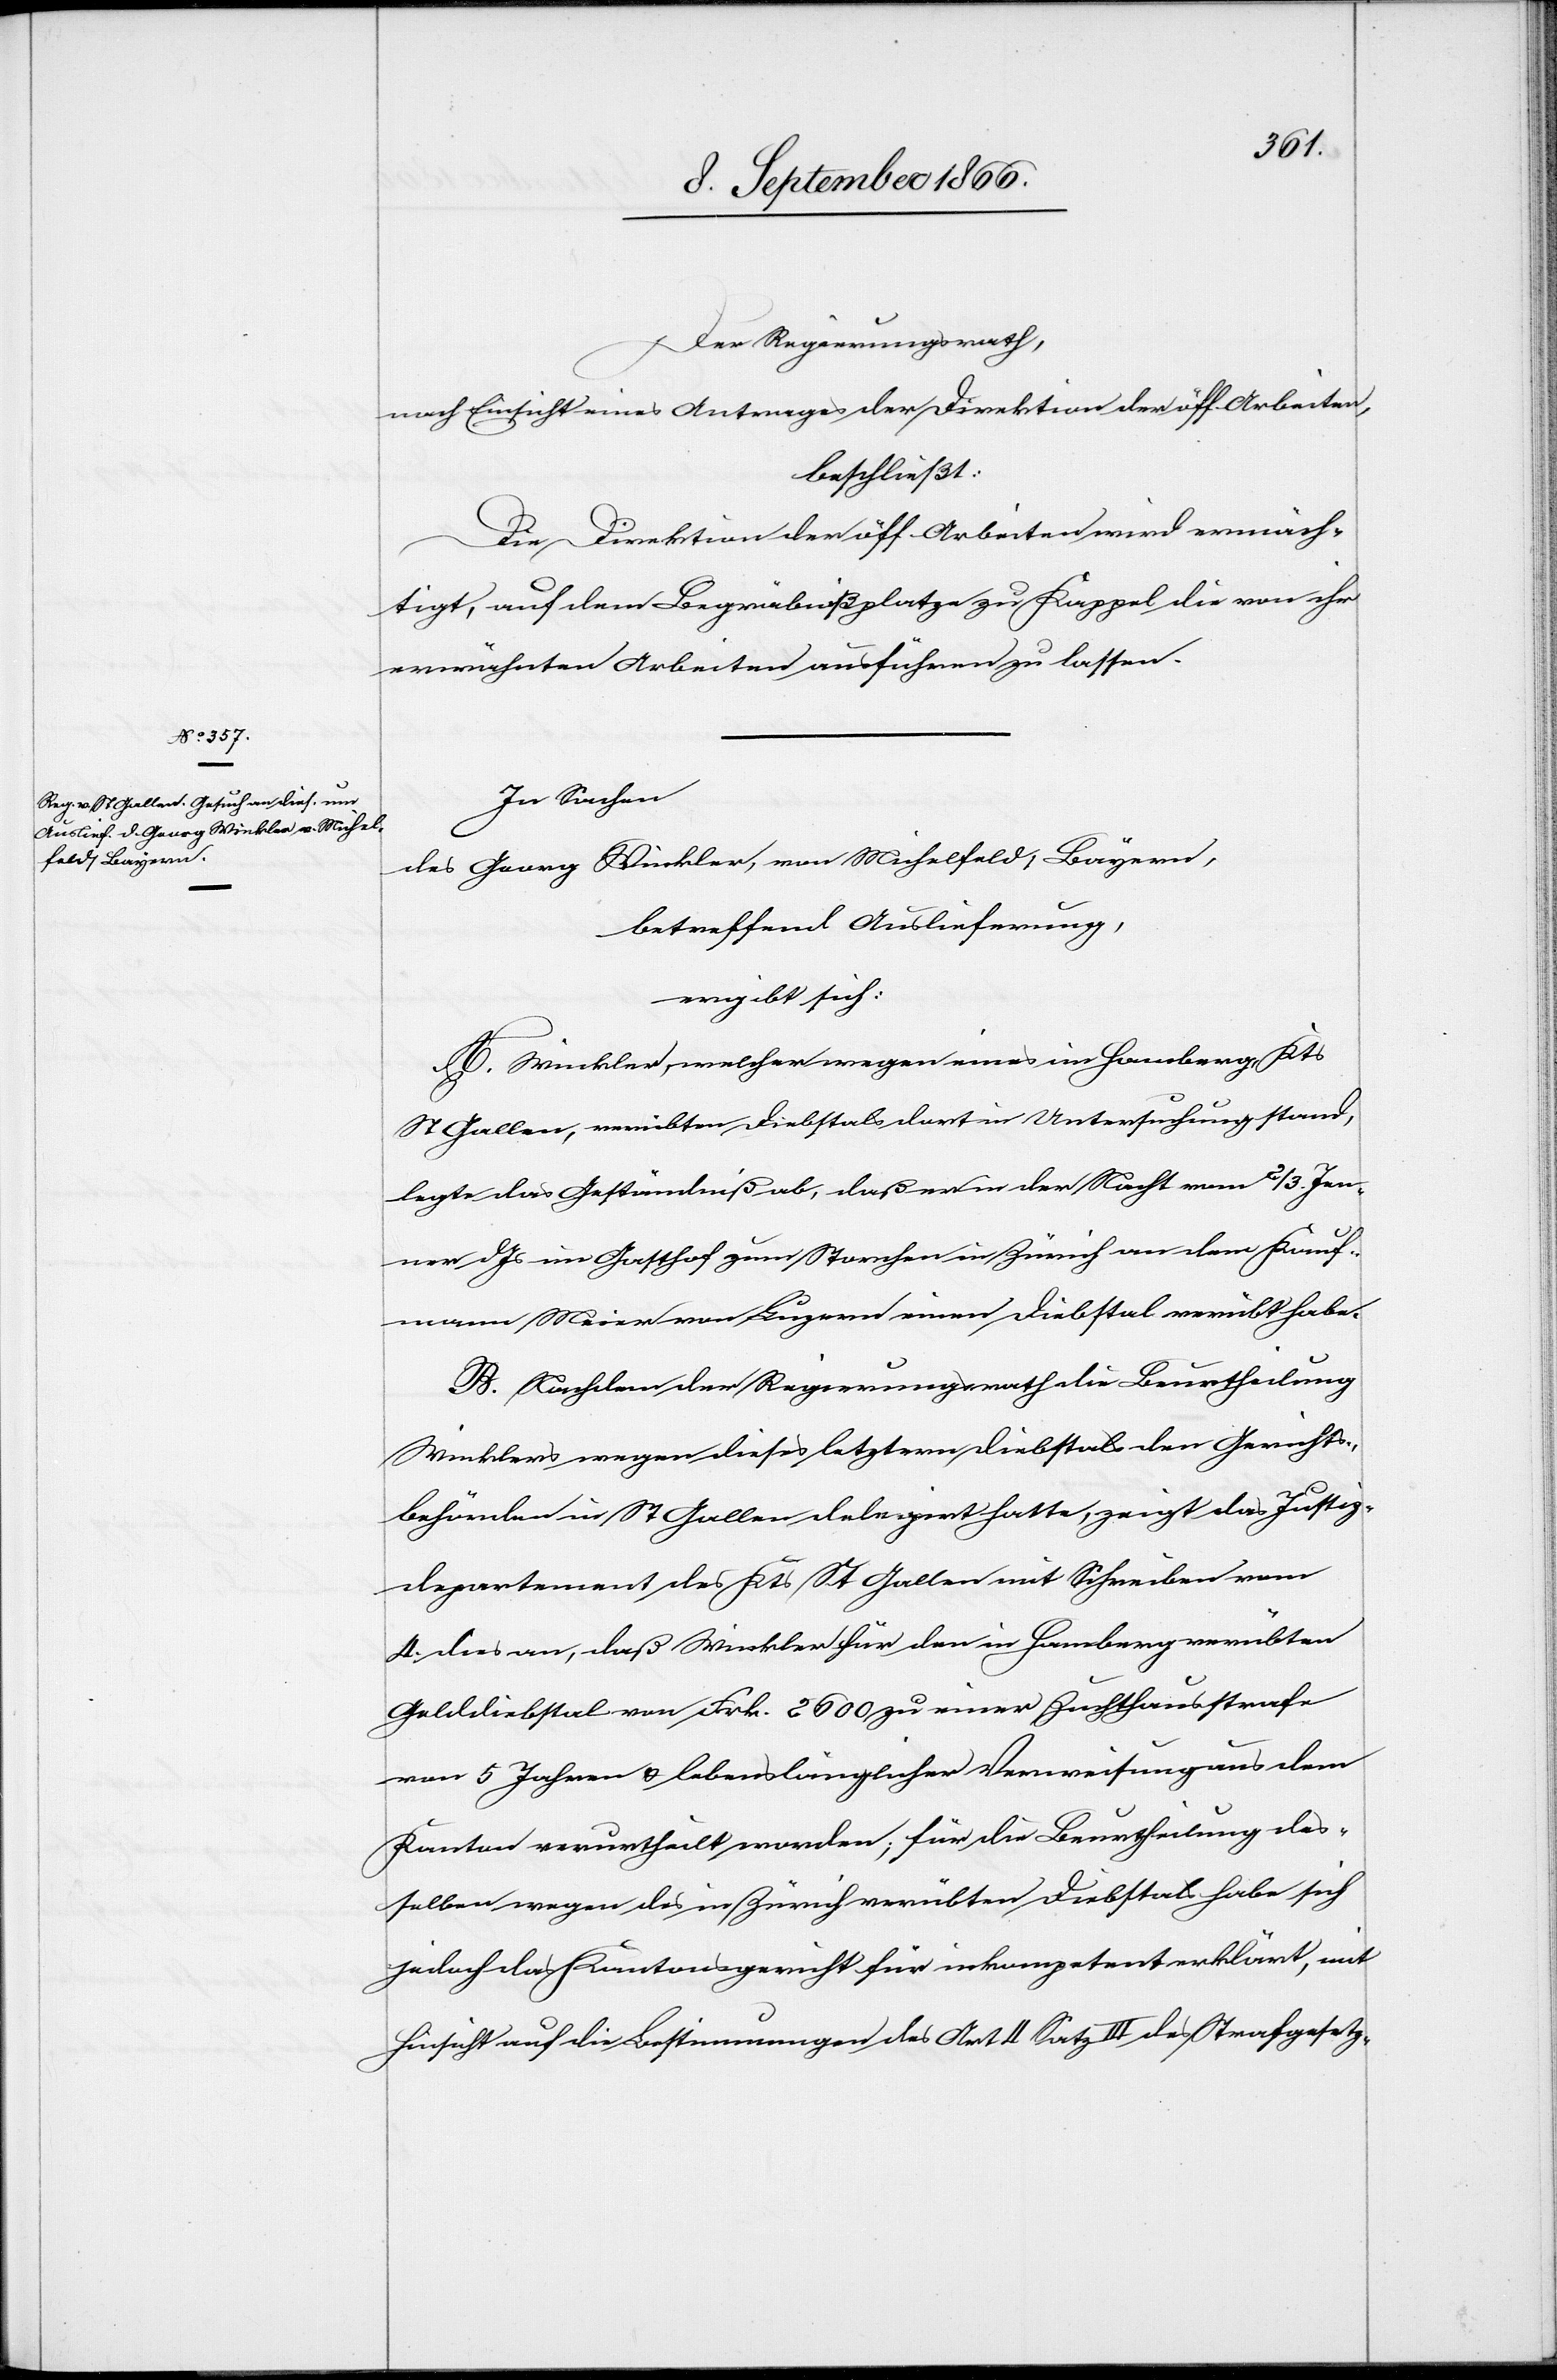
Der Regierungsrath,
nach Einsicht eines Antrages der Direktion der öff. Arbeiten,
beschließt:
Die Direktion der öff. Arbeiten wird ermäch¬
tigt, auf dem Begräbnißplatze zu Kappel die von ihr
erwähnten Arbeiten ausführen zu lassen.
In Sachen
des Georg Winkler, von Michelfeld, Bayern,
betreffend Auslieferung,
ergibt sich:
A. Winkler, welcher wegen eines in Homberg, Kts.
St. Gallen, verübten Diebstals dort in Untersuchung stand,
legte das Geständniß ab, daß er in der Nacht vom 2/3. Jen¬
ner dJs im Gasthof zum Storchen in Zürich an dem Kauf¬
mann Meier von Luzern einen Diebstal verübt habe.
B. Nachdem der Regierungsrath die Beurtheilung
Winklers wegen dieses letztern Diebstals den Gerichts¬
behörden in St. Gallen delegirt hatte, zeigt das Justiz¬
departement des Kts. St. Gallen mit Schreiben vom
4. dies an, daß Winkler für den in Homberg verübten
Gelddiebstal von Frk. 2600 zu einer Zuchthausstrafe
von 5 Jahren u. lebenslänglicher Verweisung aus dem
Kanton verurtheilt worden; für die Beurtheilung des¬
selben wegen des in Zürich verübten Diebstal habe sich
jedoch das Kantonsgericht für inkompetent erklärt, mit
Hinsicht auf die Bestimmungen des Art. 4 Satz III des Strafgesetz-